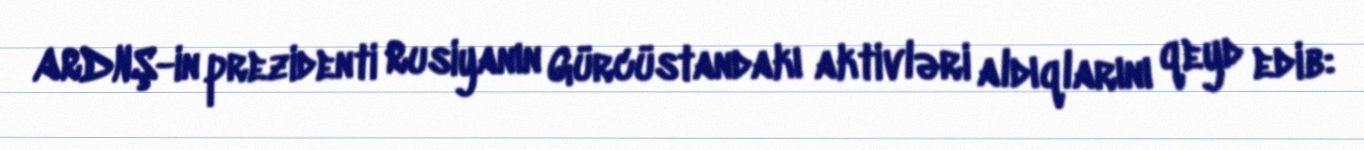
ARDNŞ-in prezidenti Rusiyanın Gürcüstandakı aktivləri aldıqlarını qeyd edib: